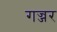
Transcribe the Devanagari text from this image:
गज्जर